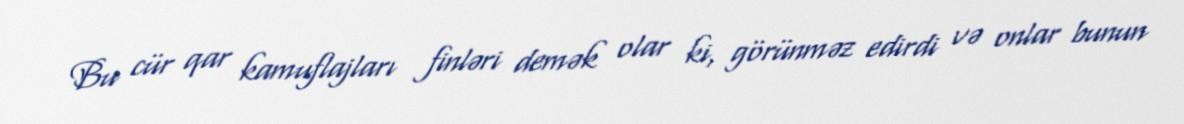
Bu cür qar kamuflajları finləri demək olar ki, görünməz edirdi və onlar bunun